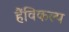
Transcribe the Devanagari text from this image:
हैंविकल्प